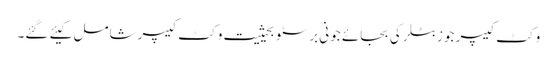
وکٹ کیپر جوز بٹلر کی بجائے جونی برسٹو بحیثیت وکٹ کیپر شامل کیئے گئے۔